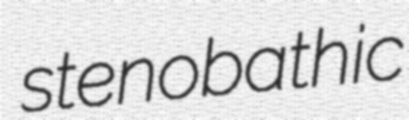
stenobathic